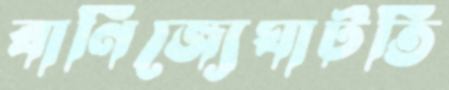
বাণিজ্যেঘাটতি